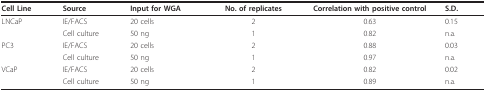
<table><thead><tr><td><b>Cell Line</b></td><td><b>Source</b></td><td><b>Input for WGA</b></td><td><b>No. of replicates</b></td><td><b>Correlation with positive control</b></td><td><b>S.D.</b></td></tr></thead><tbody><tr><td>LNCaP</td><td>IE/FACS</td><td>20 cells</td><td>2</td><td>0.63</td><td>0.15</td></tr><tr><td></td><td>Cell culture</td><td>50 ng</td><td>1</td><td>0.82</td><td>n.a.</td></tr><tr><td>PC3</td><td>IE/FACS</td><td>20 cells</td><td>2</td><td>0.88</td><td>0.03</td></tr><tr><td></td><td>Cell culture</td><td>50 ng</td><td>1</td><td>0.97</td><td>n.a.</td></tr><tr><td>VCaP</td><td>IE/FACS</td><td>20 cells</td><td>2</td><td>0.82</td><td>0.02</td></tr><tr><td></td><td>Cell culture</td><td>50 ng</td><td>1</td><td>0.89</td><td>n.a.</td></tr></tbody></table>